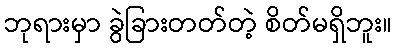
ဘုရားမှာ ခွဲခြားတတ်တဲ့ စိတ်မရှိဘူး။